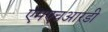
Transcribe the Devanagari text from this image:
एमएचआरडी